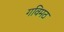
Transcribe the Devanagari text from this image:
गविमठ